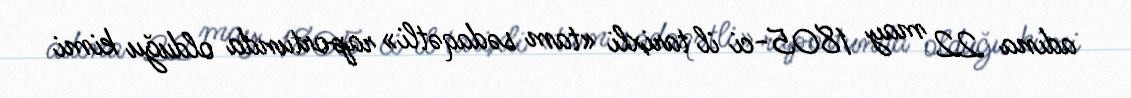
adına 22 may 1805-ci il tarixli «tam sədaqətli» raportunda olduğu kimi